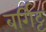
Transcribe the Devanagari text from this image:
बर्गिट्ट